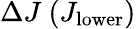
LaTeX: \Delta J\ (J_{\mathrm{lower}})